Source: Handwritten
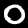
Digit: ၀ (0)